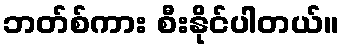
ဘတ်စ်ကား စီးနိုင်ပါတယ်။